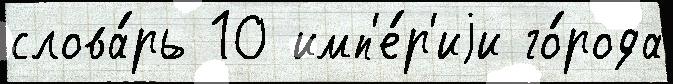
слова́рь 10 имп'е́р'иjи го́рода